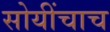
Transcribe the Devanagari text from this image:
सोयींचाच